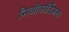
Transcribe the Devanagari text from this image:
निओकॉर्टिकल